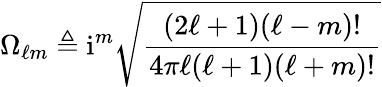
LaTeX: \Omega_{\ell m}\triangleq\mathrm{i}^{m}\sqrt{\frac{(2\ell+1)(\ell-m)!}{4\pi\ell(\ell+1)(\ell+m)!}}